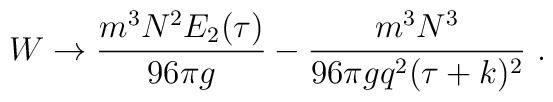
W \to {m^3N^2E_2(\tau)\over 96 \pi g}- {m^3N^3\over 96\pi g q^2(\tau+k)^2} \  .